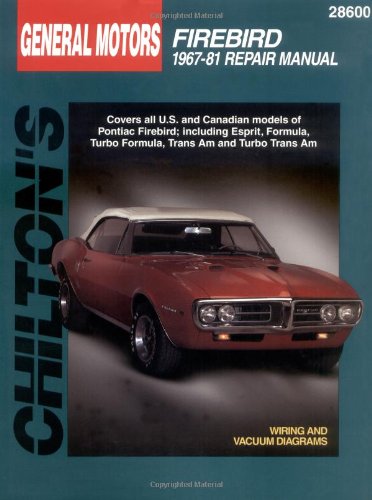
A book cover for General Motors Firebird, 1967-81 (Chilton Total Car Care Series Manuals); Chilton; Engineering & Transportation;